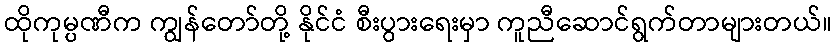
ထိုကုမ္ပဏီက ကျွန်တော်တို့ နိုင်ငံ စီးပွားရေးမှာ ကူညီဆောင်ရွက်တာများတယ်။